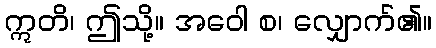
ဣတိ၊ ဤသို့။ အဝေါ စ၊ လျှောက်၏။